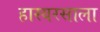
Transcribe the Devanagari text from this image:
हास्यरसाला